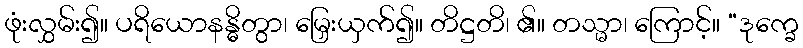
ဖုံးလွှမ်း၍။ ပရိယောနန္ဓိတွာ၊ မြှေးယှက်၍။ တိဋ္ဌတိ၊ ၏။ တသ္မာ၊ ကြောင့်။ “ဒုက္ခေ